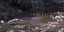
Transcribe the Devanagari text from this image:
आवर्तित्र